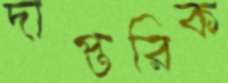
দাপ্তরিক